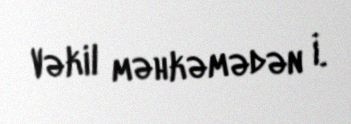
Vəkil məhkəmədən İ.